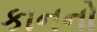
કાનનો